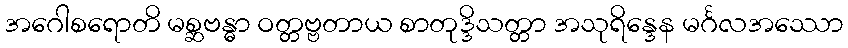
အဂေါစရောတိ မစ္ဆဗန္ဓာ ဝတ္တဗ္ဗတာယ စာတုဒ္ဒိသတ္တာ အသုရိန္ဒေန မင်္ဂလအဿော